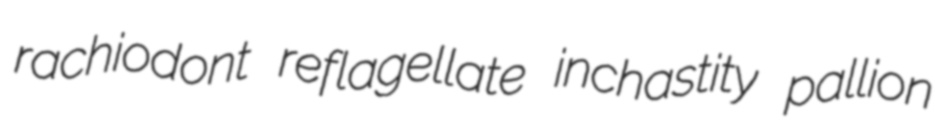
rachiodont reflagellate inchastity pallion